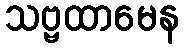
သဗ္ဗထာမေန